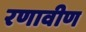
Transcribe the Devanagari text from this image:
रणावीण